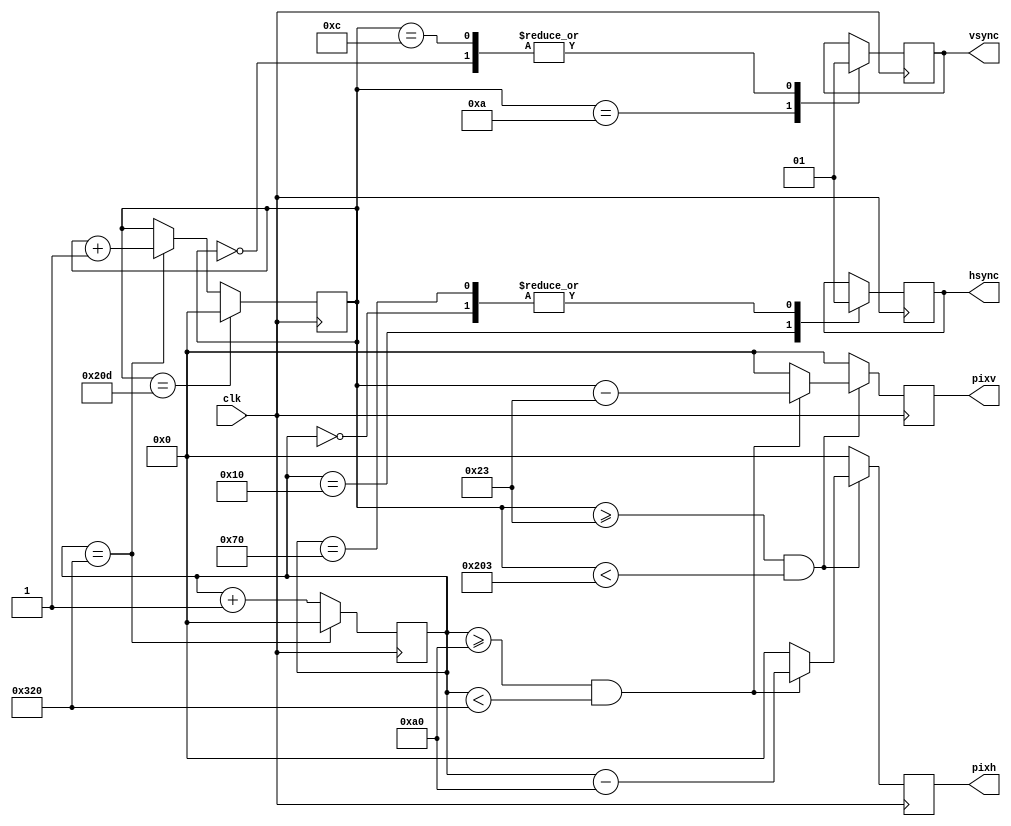
module VGA_1 (
input clk,                    
output reg hsync,            
output reg vsync,            
output reg[9:0] pixh,           
output reg[9:0] pixv            
);
localparam SYNC_ON  = 1'b0;      
localparam SYNC_OFF = 1'b1;
reg[9:0] line_count = 0;             
reg[9:0] pix_count = 0;              
always @( posedge clk)
begin
      pix_count <= pix_count + 1;
      case (pix_count)
         0:    hsync <= SYNC_OFF;
         16:   hsync <= SYNC_ON;
         112:  hsync <= SYNC_OFF;
         800: begin
               line_count <= line_count + 1;
               pix_count <= 0;
            end
      endcase
      case (line_count)
         0:    vsync <= SYNC_OFF;
         10:   vsync <= SYNC_ON;
         12:   vsync <= SYNC_OFF;
         525: begin
               line_count <= 0;
            end
      endcase
      pixh <= 0;
      pixv <= 0;
      if (line_count>=35 && line_count<515)
      begin
         if (pix_count>=160 && pix_count<800)
         begin
            pixh <= pix_count - 10'd160;
            pixv <= line_count - 10'd35;
         end
      end
end
endmodule